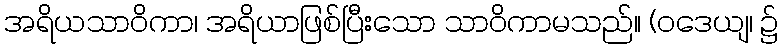
အရိယသာဝိကာ၊ အရိယာဖြစ်ပြီးသော သာဝိကာမသည်။ (ဝဒေယျ၊ ၌